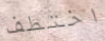
اختطف